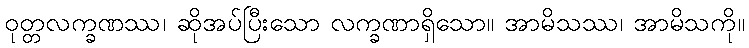
ဝုတ္တလက္ခဏဿ၊ ဆိုအပ်ပြီးသော လက္ခဏာရှိသော။ အာမိသဿ၊ အာမိသကို။